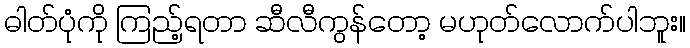
ဓါတ်ပုံကို ကြည့်ရတာ ဆီလီကွန်တော့ မဟုတ်လောက်ပါဘူး။